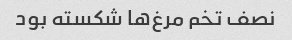
نصف تخم مرغ‌ها شکسته بود